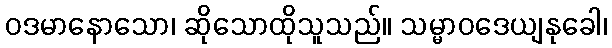
ဝဒမာနောသော၊ ဆိုသောထိုသူသည်။ သမ္မာဝဒေယျနုခေါ၊